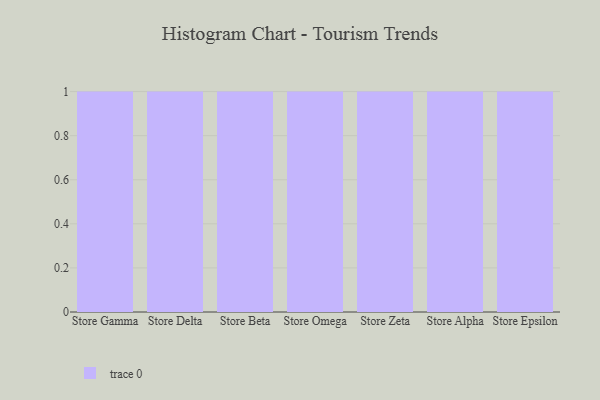
{"axis": {"x": "Store", "y": "Inventory Turnover"}, "legend": [""], "data": [{"x": "Store Gamma", "y": 81, "type": ""}, {"x": "Store Delta", "y": 86, "type": ""}, {"x": "Store Beta", "y": 61, "type": ""}, {"x": "Store Omega", "y": 78, "type": ""}, {"x": "Store Zeta", "y": 21, "type": ""}, {"x": "Store Alpha", "y": 98, "type": ""}, {"x": "Store Epsilon", "y": 77, "type": ""}]}